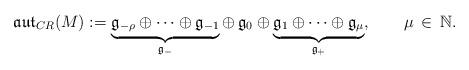
LaTeX: \begin{align*}\frak{aut}_{CR}(M):=\underbrace{\frak g_{-\rho}\oplus\cdots\oplus\frak g_{-1}}_{\frak g_-}\oplus\,\frak g_{0}\oplus\underbrace{\frak g_{1}\oplus\cdots\oplus\frak g_{\mu}}_{\frak g_+}, \ \ \ \ \ \ \mu\,\in\,\mathbb N.\end{align*}